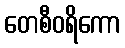
တေစီဝရိကော